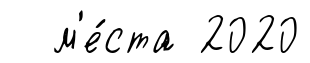
м'е́ста 2020